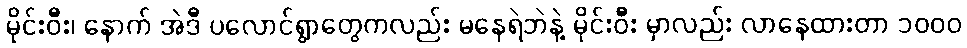
မိုင်းဝီး၊ နောက် အဲဒီ ပလောင်ရွာတွေကလည်း မနေရဲဘဲနဲ့ မိုင်းဝီး မှာလည်း လာနေထားတာ ၁၀၀၀